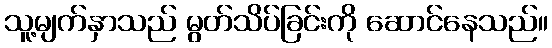
သူ့မျက်နှာသည် မွတ်သိပ်ခြင်းကို ဆောင်နေသည်။